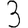
Digit: 3